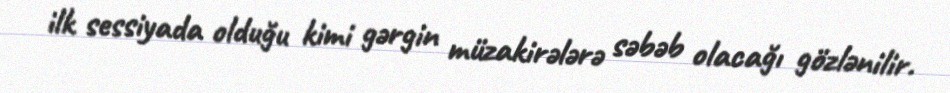
ilk sessiyada olduğu kimi gərgin müzakirələrə səbəb olacağı gözlənilir.